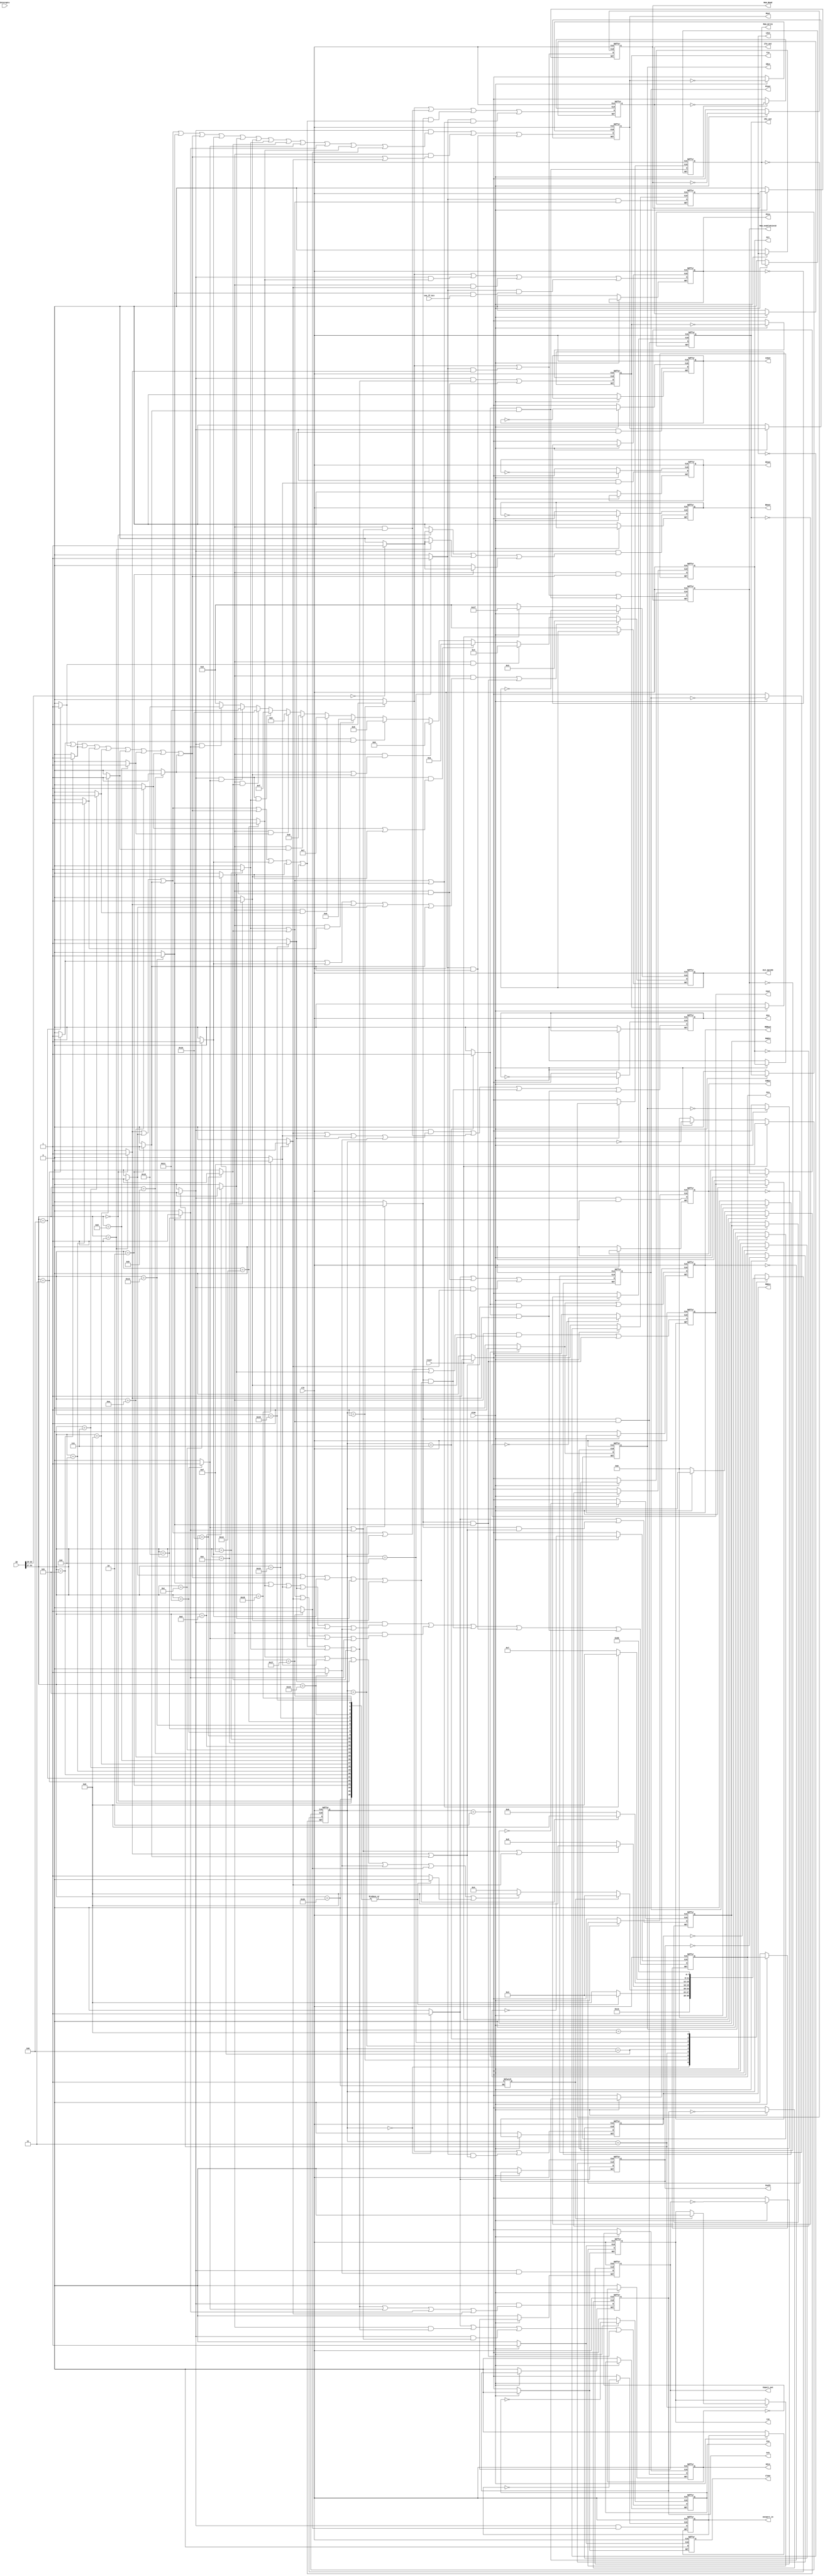
module Control #(parameter DATA_WIDTH = 32)(


    /*OUTPUTS*/
        output reg      run, clear, /*May not need interupts*/

        /*Bus Encoder Signals*/
        output reg      HIout, LOout, Zhi_out, Zlo_out, PCout, MDRout, Inport_out, Cout,
        
        /*Register Enable Signals*/
        output reg      MARin, Zin, PCin, MDRin, IRin, Yin, HIin, LOin, CONin, 
        output reg      outport_in,

        /*ALU control*/
        output reg      [4:0] ALU_opcode,
        output reg      IncPC,

        /*Decoding Control*/
        output reg      Gra, Grb, Grc, Rin, Rout, BAout, /*Datapath Inputs*/
        
        
        /*Memory Control*/
        output reg      Mem_Read, Mem_Write, Mem_enable512x32,


    /*INPUTS*/ 
        input wire      [DATA_WIDTH-1:0] IR,
        input wire      clk, reset, stop, Interupts,
        input wire      con_ff_bit /*Datapath Outputs*/
);


    localparam   reset_state = 4'b0000, S0 = 4'b0001, S1 = 4'b0010, 
                S2 = 4'b0011, S3 = 4'b0100, S4 = 4'b0101, S5 = 4'b0110, 
                S6 = 4'b0111, S7 = 4'b1000;
    
    /*ALU opcodes*/
    localparam  AND = 5'b01010, OR = 5'b01011, NEG = 5'b10001, NOT_MOD = 5'b10010, ROL = 5'b01001, 
                ROR = 5'b01000, SHL = 5'b00111, SHRA = 5'b00110, SHR = 5'b00101,
                ADD = 5'b00011, SUB = 5'b00100, UNS_ADD = 5'b11111, MUL = 5'b01111, DIV = 5'b10000;


    reg [3:0]   present_state = reset_state; 
    reg         T0, T1, T2, T3, T4, T5, T6, T7;
    reg         LOAD_s, LOADI_s, STORE_s, 
                ADD_s, SUB_s, SHR_s, SHRA_s, SHL_s, ROR_s, ROL_s, AND_s, OR_s, 
                ADDI_s, ANDI_s, ORI_s, 
                MUL_s, DIV_s, 
                NEG_s, NOT_s, 
                BRANCH_s, JUMP_s, JUMP_LINK_s, 
                IN_s, OUT_s, MFHI_s, MFLO_s, 
                NOP_s, HALT_s, 
                LOAD_DIR_s, LOADI_DIR_s, STORE_DIR_s, ALU_s;

    /*Special Instruction Signals*/
        /*Bus Encoder Signals*/
            reg      HIout_next, LOout_next, Zhi_out_next, Zlo_out_next, PCout_next, MDRout_next, Inport_out_next, Cout_next;
            
        /*Register Enable Signals*/
            reg      MARin_next, Zin_next, PCin_next, MDRin_next, IRin_next, Yin_next, HIin_next, LOin_next, CONin_next; 
            reg      outport_in_next;

        /*ALU control*/
            reg      [4:0] ALU_opcode_next;
            reg      IncPC_next;

        /*Decoding Control*/
            reg      Gra_next, Grb_next, Grc_next, Rin_next, Rout_next, BAout_next; /*Datapath Inputs*/
            
            
        /*Memory Control*/
            reg      Mem_Read_next, Mem_Write_next, Mem_enable512x32_next;       

    initial begin
        LOAD_s <= 0; LOADI_s<=0; STORE_s<=0;
        LOAD_DIR_s <= 0; LOADI_DIR_s <= 0; STORE_DIR_s <= 0;

        ADD_s<=0; SUB_s<=0; SHR_s<=0; SHRA_s<=0; SHL_s<=0; ROR_s<=0; ROL_s<=0; AND_s<=0; OR_s<=0; 
        MUL_s<=0; DIV_s<=0; 
        NEG_s<=0; NOT_s<=0; 
        ADDI_s<=0; ANDI_s<=0; ORI_s<=0;
        ALU_s <= 0; 
        
        BRANCH_s<=0; JUMP_s <=0; JUMP_LINK_s<=0; 
        IN_s<=0; OUT_s<=0; MFHI_s<=0; MFLO_s<=0; 
        NOP_s<=0;

        T0 <= 0; T1 <= 0; T2 <= 0; T3 <= 0; T4 <= 0; T5 <= 0; T6 <= 0; T7 <= 0; 

    end 


    always @(posedge clk, posedge reset, posedge stop) begin
        if(reset)   begin 
            present_state <= reset_state; 
            clear <= 1;
            run <= 1;
            /*INIT for completness*/
                HIout <= 0;
                LOout <= 0;
                Zhi_out <= 0;
                Zlo_out <= 0;
                PCout <= 0;
                MDRout <= 0;
                Inport_out <= 0;
                Cout <= 0;
                
                MARin <= 0;
                Zin <= 0;
                PCin <= 0;
                MDRin <= 0;
                IRin <= 0;
                Yin <= 0;
                HIin <= 0;
                LOin <= 0;
                CONin <= 0;
                
                outport_in <= 0;
                
                ALU_opcode <= 0;
                IncPC <= 0;
                
                Gra <= 0;
                Grb <= 0;
                Grc <= 0;
                Rin <= 0;
                Rout <= 0;
                BAout <= 0;
                
                Mem_Read <= 0;
                Mem_Write <= 0;
                Mem_enable512x32 <= 0;
        end
        else if(stop) begin
            //present_state <= present_state;
            clear <= 0; run <= 0;
        end 
        else begin
            /*INIT*/
                HIout <= HIout_next;
                LOout <= LOout_next;
                Zhi_out <= Zhi_out_next;
                Zlo_out <= Zlo_out_next;
                PCout <= PCout_next;
                MDRout <= MDRout_next;
                Inport_out <= Inport_out_next;
                Cout <= Cout_next;
                
                MARin <= MARin_next;
                Zin <= Zin_next;
                PCin <= PCin_next;
                MDRin <= MDRin_next;
                IRin <= IRin_next;
                Yin <= Yin_next;
                HIin <= HIin_next;
                LOin <= LOin_next;
                CONin <= CONin_next;
                
                outport_in <= outport_in_next;
                
                ALU_opcode <= ALU_opcode_next;
                IncPC <= IncPC_next;
                
                Gra <= Gra_next;
                Grb <= Grb_next;
                Grc <= Grc_next;
                Rin <= Rin_next;
                Rout <= Rout_next;
                BAout <= BAout_next;
                
                Mem_Read <= Mem_Read_next;
                Mem_Write <= Mem_Write_next;
                Mem_enable512x32 <= Mem_enable512x32_next;



                clear <= 0;
            case(present_state)
                reset_state : begin
                    // T0
                    present_state <= S0;
                end 
                S0 : begin 
                    // T1
                    present_state <= S1;
                end 
                S1 : begin 
                    // T2
                    if(NOP_s) present_state <= S7;
                    else present_state <= S2;
                end 
                S2 : begin  
                    // T3                  
                    if(HALT_s) begin 
                        present_state <= S2; run <= 0;
                    end 
                    else if(JUMP_s | MFHI_s | MFLO_s | IN_s | OUT_s | NOP_s) present_state <= S7;
                    else present_state <= S3;                    
                end 
                S3 : begin 
                    // T4
                    if(NEG_s | NOT_s | JUMP_LINK_s) present_state <= S7;
                    else present_state <= S4;
                    
                end 
                S4 : begin 
                    // T5
                    if(LOADI_s | ALU_s | ADDI_s | ANDI_s | ORI_s) present_state <= S7;
                    else present_state <= S5;
                
                end 
                S5 : begin 
                    // T6
                    if(MUL_s | DIV_s | BRANCH_s) present_state <= S7;
                    else  present_state <= S6;
                    
                end
                S6 : begin 
                    // T7
                    present_state <= S7;
                end
                //NOTE: this is an extra "unstable" state that will redirect to reset_state, allowing for the latches of each output signal to be properly captured 
                S7 : begin
                    present_state <= reset_state;
                end     
            endcase 

        end 
    end 
    always @(present_state)begin
        T0 <= 0; T1 <= 0; T2 <= 0; T3 <= 0; T4 <= 0; T5 <= 0; T6 <= 0; T7 <= 0;
        case(present_state)
            reset_state : begin
                T0 <= 1; T1 <= 0; T2 <= 0; T3 <= 0; T4 <= 0; T5 <= 0; T6 <= 0; T7 <= 0;
            end 
            S0 : begin
                T0 <= 0; T1 <= 1; T2 <= 0; T3 <= 0; T4 <= 0; T5 <= 0; T6 <= 0; T7 <= 0;
            end 
            S1 : begin
                T0 <= 0; T1 <= 0; T2 <= 1; T3 <= 0; T4 <= 0; T5 <= 0; T6 <= 0; T7 <= 0;
            end 
            S2 : begin
                T0 <= 0; T1 <= 0; T2 <= 0; T3 <= 1; T4 <= 0; T5 <= 0; T6 <= 0; T7 <= 0;
            end 
            S3 : begin
                T0 <= 0; T1 <= 0; T2 <= 0; T3 <= 0; T4 <= 1; T5 <= 0; T6 <= 0; T7 <= 0;
            end 
            S4 : begin
                T0 <= 0; T1 <= 0; T2 <= 0; T3 <= 0; T4 <= 0; T5 <= 1; T6 <= 0; T7 <= 0;
            end 
            S5 : begin
                T0 <= 0; T1 <= 0; T2 <= 0; T3 <= 0; T4 <= 0; T5 <= 0; T6 <= 1; T7 <= 0;
            end 
            S6 : begin
                T0 <= 0; T1 <= 0; T2 <= 0; T3 <= 0; T4 <= 0; T5 <= 0; T6 <= 0; T7 <= 1;
            end         
        endcase
    end 

    always @(IR)begin
        
        LOAD_s <= 0; LOADI_s<=0; STORE_s<=0;
        LOAD_DIR_s <= 0; LOADI_DIR_s <= 0; STORE_DIR_s <= 0;

        ADD_s<=0; SUB_s<=0; SHR_s<=0; SHRA_s<=0; SHL_s<=0; ROR_s<=0; ROL_s<=0; AND_s<=0; OR_s<=0; 
        MUL_s<=0; DIV_s<=0; 
        NEG_s<=0; NOT_s<=0; 
        ADDI_s<=0; ANDI_s<=0; ORI_s<=0; 
        
        BRANCH_s<=0; JUMP_s<=0; JUMP_LINK_s<=0; 
        IN_s<=0; OUT_s<=0; MFHI_s<=0; MFLO_s<=0; 
        NOP_s<=0;
        case(IR[DATA_WIDTH-1:27])

            5'b00000 :  begin 
                            LOAD_s <= 1; 
                            if(IR[22:19] == 4'd0) LOAD_DIR_s <= 1;
                        end 
            5'b00001 :  begin 
                            LOADI_s <= 1; 
                            if(IR[22:19] == 4'd0) LOADI_DIR_s <= 1;
                        end
            5'b00010 :  begin 
                            STORE_s <= 1; 
                            if(IR[22:19] == 4'd0) STORE_DIR_s <= 1;
                        end

            5'b00011 : ADD_s <= 1;
            5'b00100 : SUB_s <= 1;
            5'b00101 : SHR_s <= 1;
            5'b00110 : SHRA_s <= 1;
            5'b00111 : SHL_s <= 1;
            5'b01000 : ROR_s <= 1;
            5'b01001 : ROL_s <= 1;
            5'b01010 : AND_s <= 1;
            5'b01011 : OR_s <= 1;

            5'b01100 : ADDI_s <= 1;
            5'b01101 : ANDI_s <= 1;
            5'b01110 : ORI_s <= 1;

            5'b01111 : MUL_s <= 1;
            5'b10000 : DIV_s <= 1;
            5'b10001 : NEG_s <= 1;
            5'b10010 : NOT_s <= 1;


            5'b10011 : BRANCH_s <= 1;
            5'b10100 : JUMP_s <= 1;
            5'b10101 : JUMP_LINK_s <= 1;

            5'b10110 : IN_s <= 1;
            5'b10111 : OUT_s <= 1;
            5'b11000 : MFHI_s <= 1;
            5'b11001 : MFLO_s <= 1;

            
            5'b11010 : NOP_s <= 1;
            5'b11011 : HALT_s <= 1;
            default  : NOP_s <= 1;
        endcase  
    end 

    always @(*)begin //used to be (clk, T0, T1, T2, T3, T4, T5, T6, T7), changed to * for combinational logic
        ALU_opcode_next <=   ((T4 & (ADD_s | ADDI_s | LOAD_s | LOADI_s | STORE_s)) | (T5 & BRANCH_s)) ? ADD :
                        (T4 & SUB_s) ? SUB :
                        (T4 & (AND_s | ANDI_s)) ? AND :
                        (T4 & (OR_s | ORI_s)) ? OR :
                        (T4 & SHR_s) ? SHR :
                        (T4 & SHRA_s) ? SHRA :
                        (T4 & SHL_s) ? SHL :
                        (T4 & ROR_s) ? ROR :
                        (T4 & ROL_s) ? ROL : 
                        (T4 & MUL_s) ? MUL :
                        (T4 & DIV_s) ? DIV : 
                        (T3 & NEG_s) ? NEG :
                        (T3 & NOT_s) ? NOT_MOD : 5'b00000;
                        
                        


        IncPC_next <= (T0);
        //run <=  ~(HALT_s | stop); /*THIS MAY CUASE ISSUES, consider later*/
        ALU_s <= (ADD_s | SUB_s | SHR_s | SHRA_s | SHL_s | ROR_s | ROL_s | AND_s | OR_s);

        

        /*BUS MUX SIGNALS~~~~~~~~~~~~~~~~~~~~~~~~~~~~~~~~~~~~~~~~~~~~~~~*/
            HIout_next <=    (T3 & MFHI_s);

            LOout_next <=    (T3 & MFLO_s);

            Zhi_out_next <= (T5 & (MUL_s | DIV_s));

            Zlo_out_next <=  (T1) | 
                        (T4 & (NEG_s | NOT_s)) | 
                        (T5 & (LOAD_s | LOADI_s | STORE_s | ALU_s | ADDI_s | ANDI_s | ORI_s)) |
                        (T6 & (MUL_s | DIV_s | BRANCH_s));

            PCout_next <=    (T0) | 
                        (T4 & BRANCH_s) |
                        (T3 & JUMP_LINK_s);

            MDRout_next <=   (T2) |
                        (T7 & (LOAD_s | STORE_s));

            Inport_out_next <=(T3 & IN_s);

            Cout_next <=     (T4 & (LOAD_s | LOADI_s | STORE_s | ADDI_s | ANDI_s | ORI_s)) |
                        (T5 & BRANCH_s);

        /*ENABLE SIGNALS~~~~~~~~~~~~~~~~~~~~~~~~~~~~~~~~~~~~~~~~~~~~~~~*/     
            MARin_next <=    (T0) |
                        (T5 & (LOAD_s | STORE_s));

            MDRin_next <=    (T1) |
                        (T6 & (LOAD_s | STORE_s));

            PCin_next <=     (T1) |
                        (T3 & JUMP_s) |
                        (T4 & JUMP_LINK_s) | 
                        (T6 & (BRANCH_s & con_ff_bit));

            IRin_next <=     (T2);

            Zin_next <=      (T0) |
                        (T4 & (LOAD_s | LOADI_s | STORE_s | ALU_s | ADDI_s | ANDI_s | ORI_s | MUL_s | DIV_s)) |
                        (T3 & (NEG_s | NOT_s)) | 
                        (T5 & BRANCH_s);

            Yin_next <=      (T3 & (LOAD_s | LOADI_s | STORE_s | ALU_s | ADDI_s | ANDI_s | ORI_s | MUL_s | DIV_s)) |
                        (T4 & BRANCH_s);

            HIin_next <=     (T5 & (MUL_s | DIV_s));
            LOin_next <=     (T6 & (MUL_s | DIV_s));
            CONin_next <=    (T3 & BRANCH_s);


            outport_in_next <=(T3 & OUT_s);
        /*IR DECODING SIGNALS~~~~~~~~~~~~~~~~~~~~~~~~~~~~~~~~~~~~~~~~~~~~~~~*/              
            Gra_next <=      (T3 & (BRANCH_s | JUMP_s | MFHI_s | MFLO_s | OUT_s | IN_s)) | 
                        (T4 & (MUL_s | DIV_s | JUMP_LINK_s | NEG_s | NOT_s)) |
                        (T5 & (LOADI_s | ALU_s | ADDI_s | ANDI_s | ORI_s)) |
                        (T6 & (STORE_s)) |
                        (T7 & (LOAD_s));

            Grb_next <=      (T3 & (LOAD_s | LOADI_s | STORE_s | ALU_s | ADDI_s | ANDI_s | ORI_s | MUL_s | DIV_s | NEG_s | NOT_s | JUMP_LINK_s));
            Grc_next <=      (T4 & (ALU_s));

            Rin_next <=      (T3 & (JUMP_LINK_s | MFHI_s | MFLO_s | IN_s)) |
                        (T4 & (NEG_s | NOT_s)) |
                        (T5 & (LOADI_s | ALU_s | ADDI_s | ANDI_s | ORI_s)) | 
                        (T7 & (LOAD_s));
                        
            Rout_next <=     (T3 & (LOAD_s | LOADI_s | STORE_s | BRANCH_s | ALU_s | ADDI_s | ANDI_s | ORI_s | MUL_s | DIV_s | NEG_s | NOT_s | JUMP_s | OUT_s )) |
                        (T4 & (ALU_s | JUMP_LINK_s)) |
                        (T6 & (STORE_s));

            BAout_next <=    (T3 & (LOAD_DIR_s | LOADI_DIR_s | STORE_DIR_s));

        /*MEMORY SIGNALS~~~~~~~~~~~~~~~~~~~~~~~~~~~~~~~~~~~~~~~~~~~~~~~*/    
            Mem_Read_next <=         (T1) |
                                (T6 & (LOAD_s));
            Mem_Write_next <=        (T7 & STORE_s);
            Mem_enable512x32_next <= (T1) |
                                (T6 & (LOAD_s)) |
                                (T7 & (STORE_s));
        

    end 





endmodule